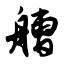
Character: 艚